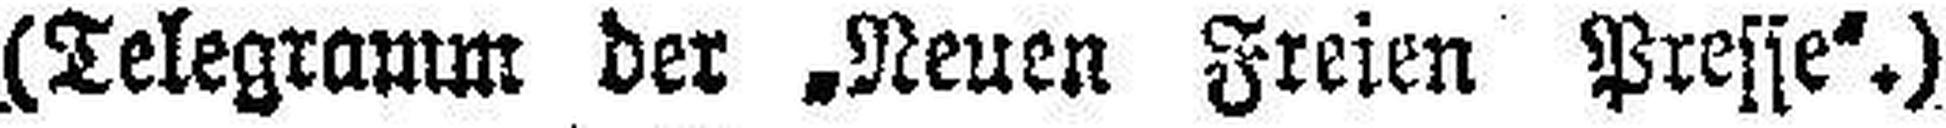
(Telegramm der „Neuen Freien Presse“.)